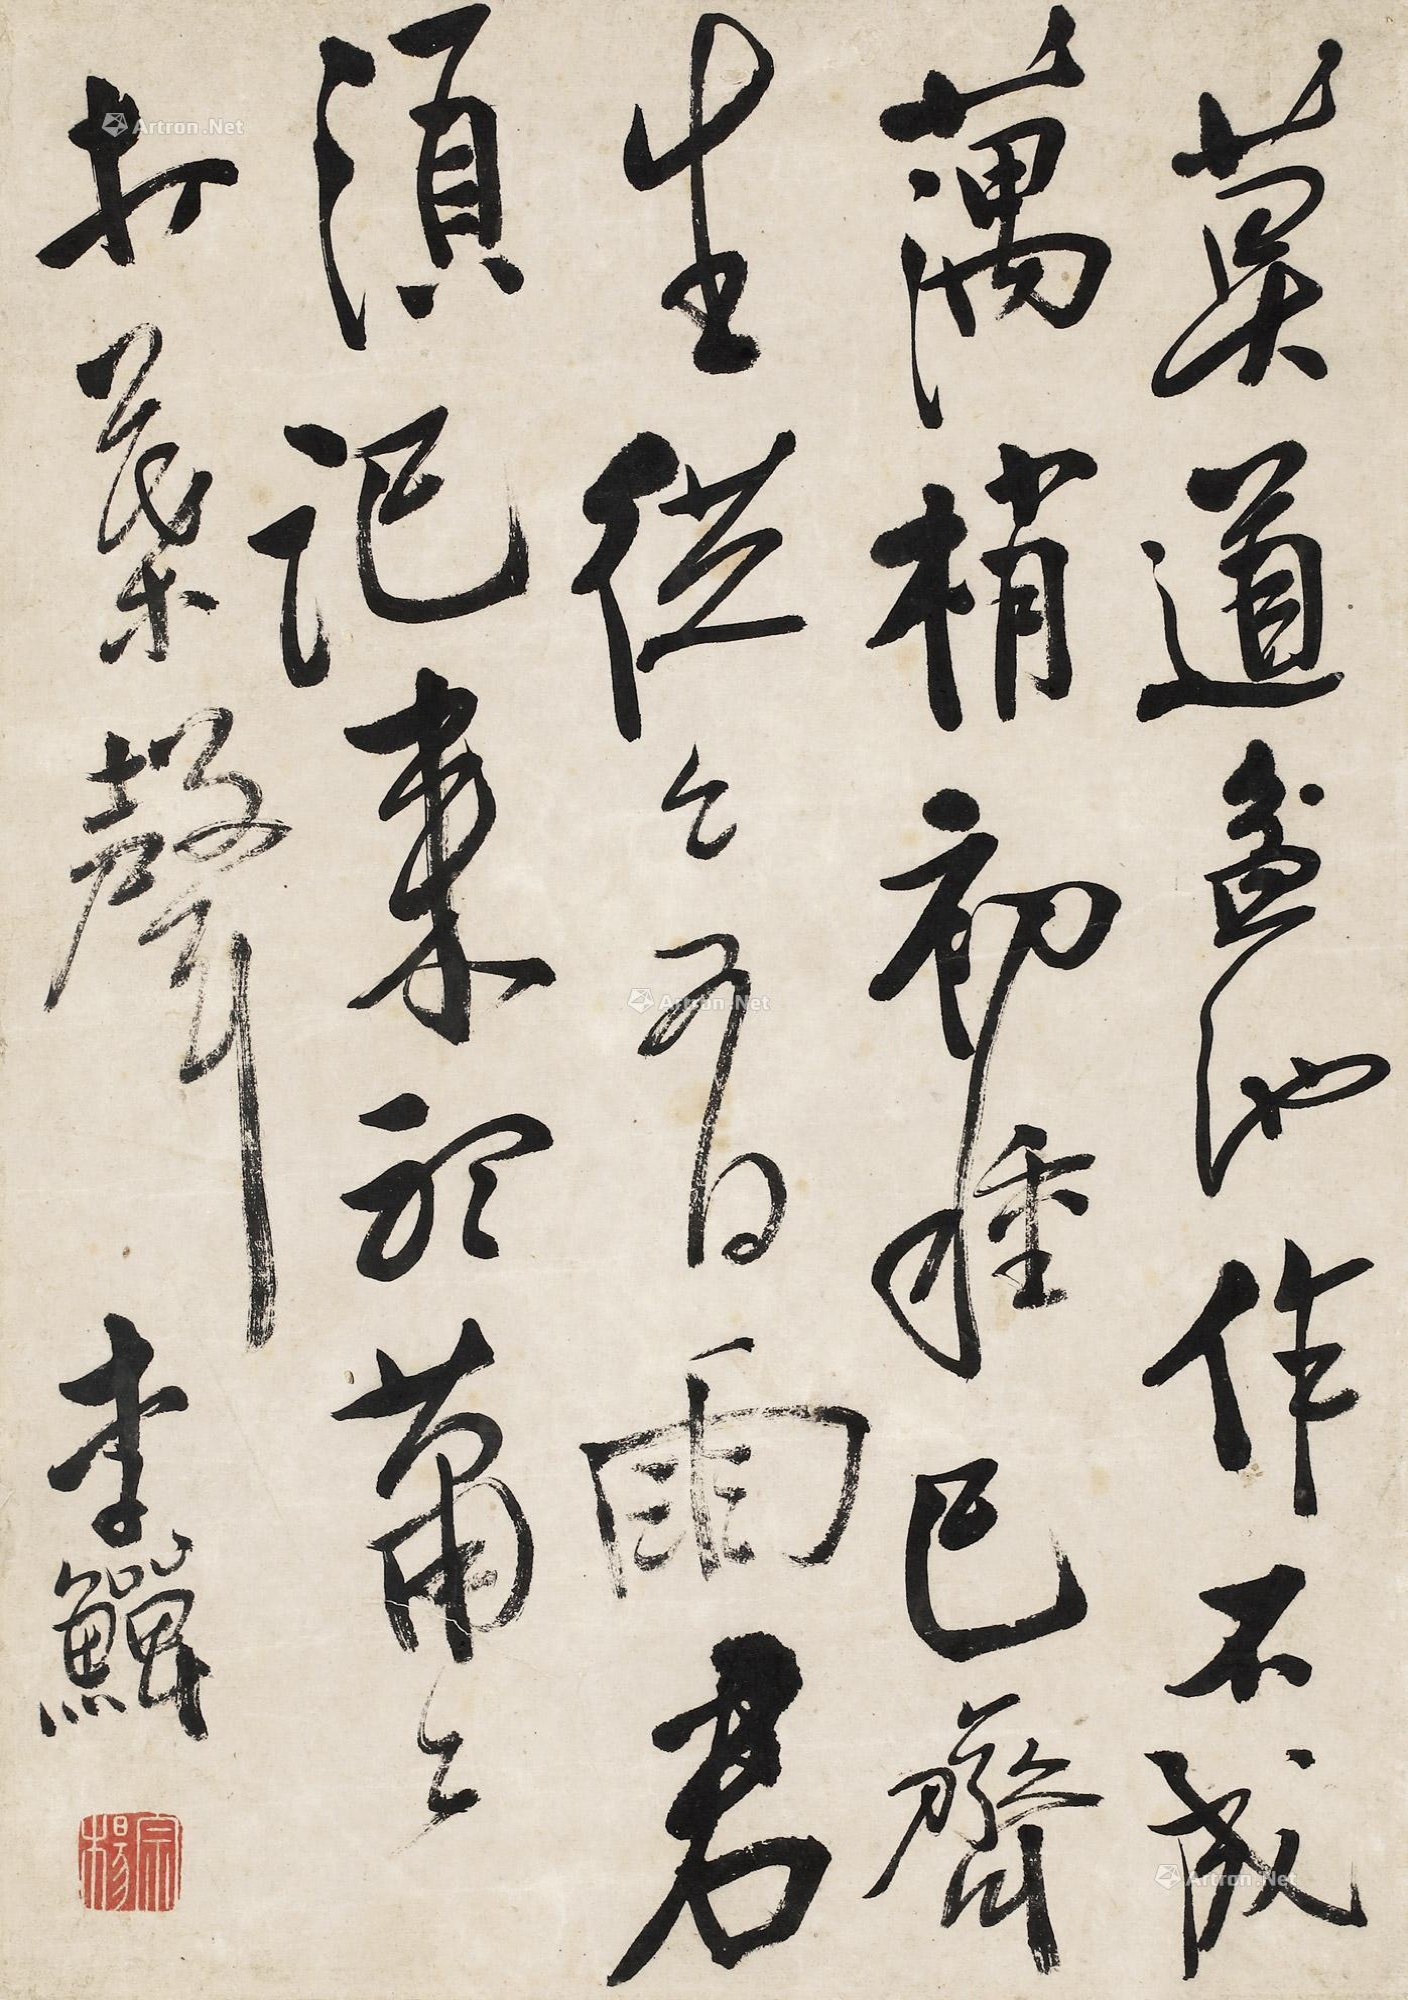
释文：莫道盆池作不成，藕梢初种已齐生。从从有雨君须记，来听莆莆打叶声。